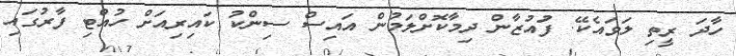
ހާދަ ރީތި ލަވައެކޭ. ފަުއުޒާން ދިމާކޮށްލަމުން އައިސް ސިންކު ކައިރިއަށް ހުއްޓި ފާރުގައި